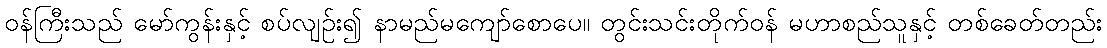
ဝန်ကြီးသည် မော်ကွန်းနှင့် စပ်လျဉ်း၍ နာမည်မကျော်စောပေ။ တွင်းသင်းတိုက်ဝန် မဟာစည်သူနှင့် တစ်ခေတ်တည်း